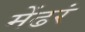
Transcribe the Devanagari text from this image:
मेंढरं